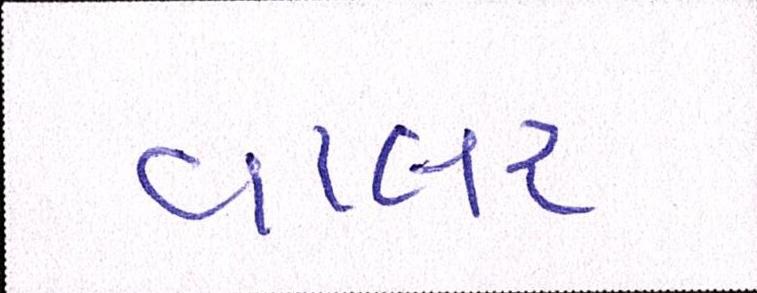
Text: વાલર